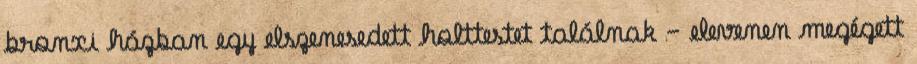
bronxi házban egy elszenesedett holttestet találnak - elevenen megégett